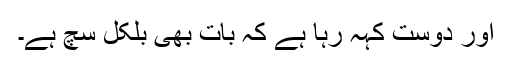
اور دوست کہہ رہا ہے کہ بات بھی بلکل سچ ہے۔